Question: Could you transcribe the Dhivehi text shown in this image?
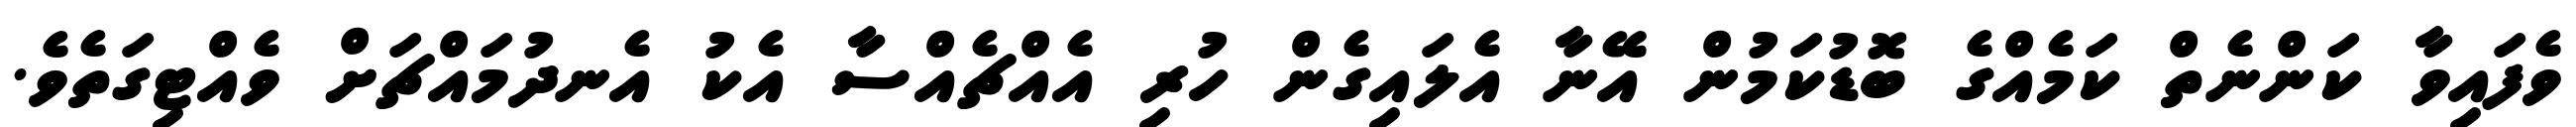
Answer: ވެފައިވާ ކަންނެތް ކަމެއްގެ ބޮޑުކަމުން އޭނާ އެލައިގެން ހުރި އެއްޗެއްސާ އެކު އެނދުމައްޗަށް ވެއްޓިގަތެވެ.